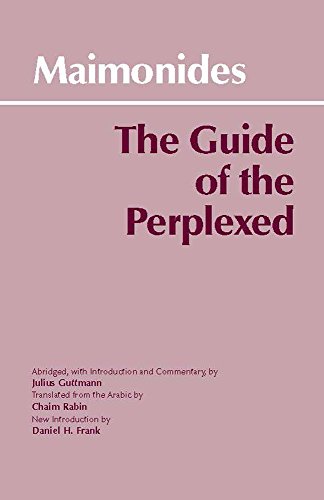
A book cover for The Guide of the Perplexed (Hackett Classics); Moses Maimonides; Politics & Social Sciences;